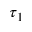
\tau _ { 1 }